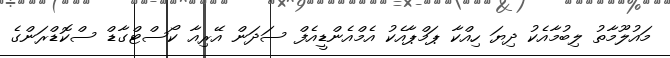
މައުލޫމާތު ލިބުމާއެކު ދިޔަ ހިއްކާ ޕަމްޕާއެކު އެމްއެންޑީއެފް ސަދަން އޭރިއާ ކޯސްޓްގާޑް ސްކޮޑްރަންގެ